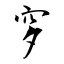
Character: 穸